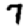
Digit: 7